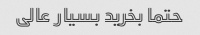
حتما بخرید بسیار عالی